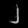
Digit: ၂